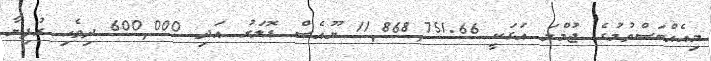
މިއެއްބަސްވުމުގެ ޖުމްލަ އަގަކީ 11